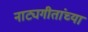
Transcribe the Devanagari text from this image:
नाट्यगीतांच्या